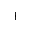
+